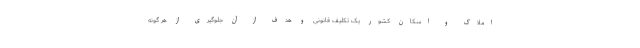
املاک و اسکان کشور یک تکلیف قانونی و هدف از آن جلوگیری از هر گونه